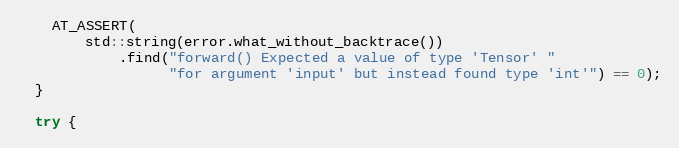
Language: C++
    AT_ASSERT(
        std::string(error.what_without_backtrace())
            .find("forward() Expected a value of type 'Tensor' "
                  "for argument 'input' but instead found type 'int'") == 0);
  }

  try {